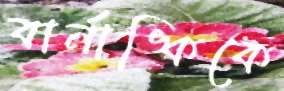
বার্নাঙ্কিকে